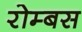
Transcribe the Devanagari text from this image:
रोम्बस